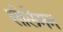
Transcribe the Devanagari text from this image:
सोलेमन